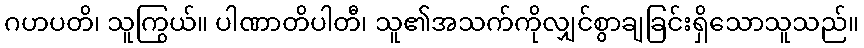
ဂဟပတိ၊ သူကြွယ်။ ပါဏာတိပါတီ၊ သူ၏အသက်ကိုလျှင်စွာချခြင်းရှိသောသူသည်။